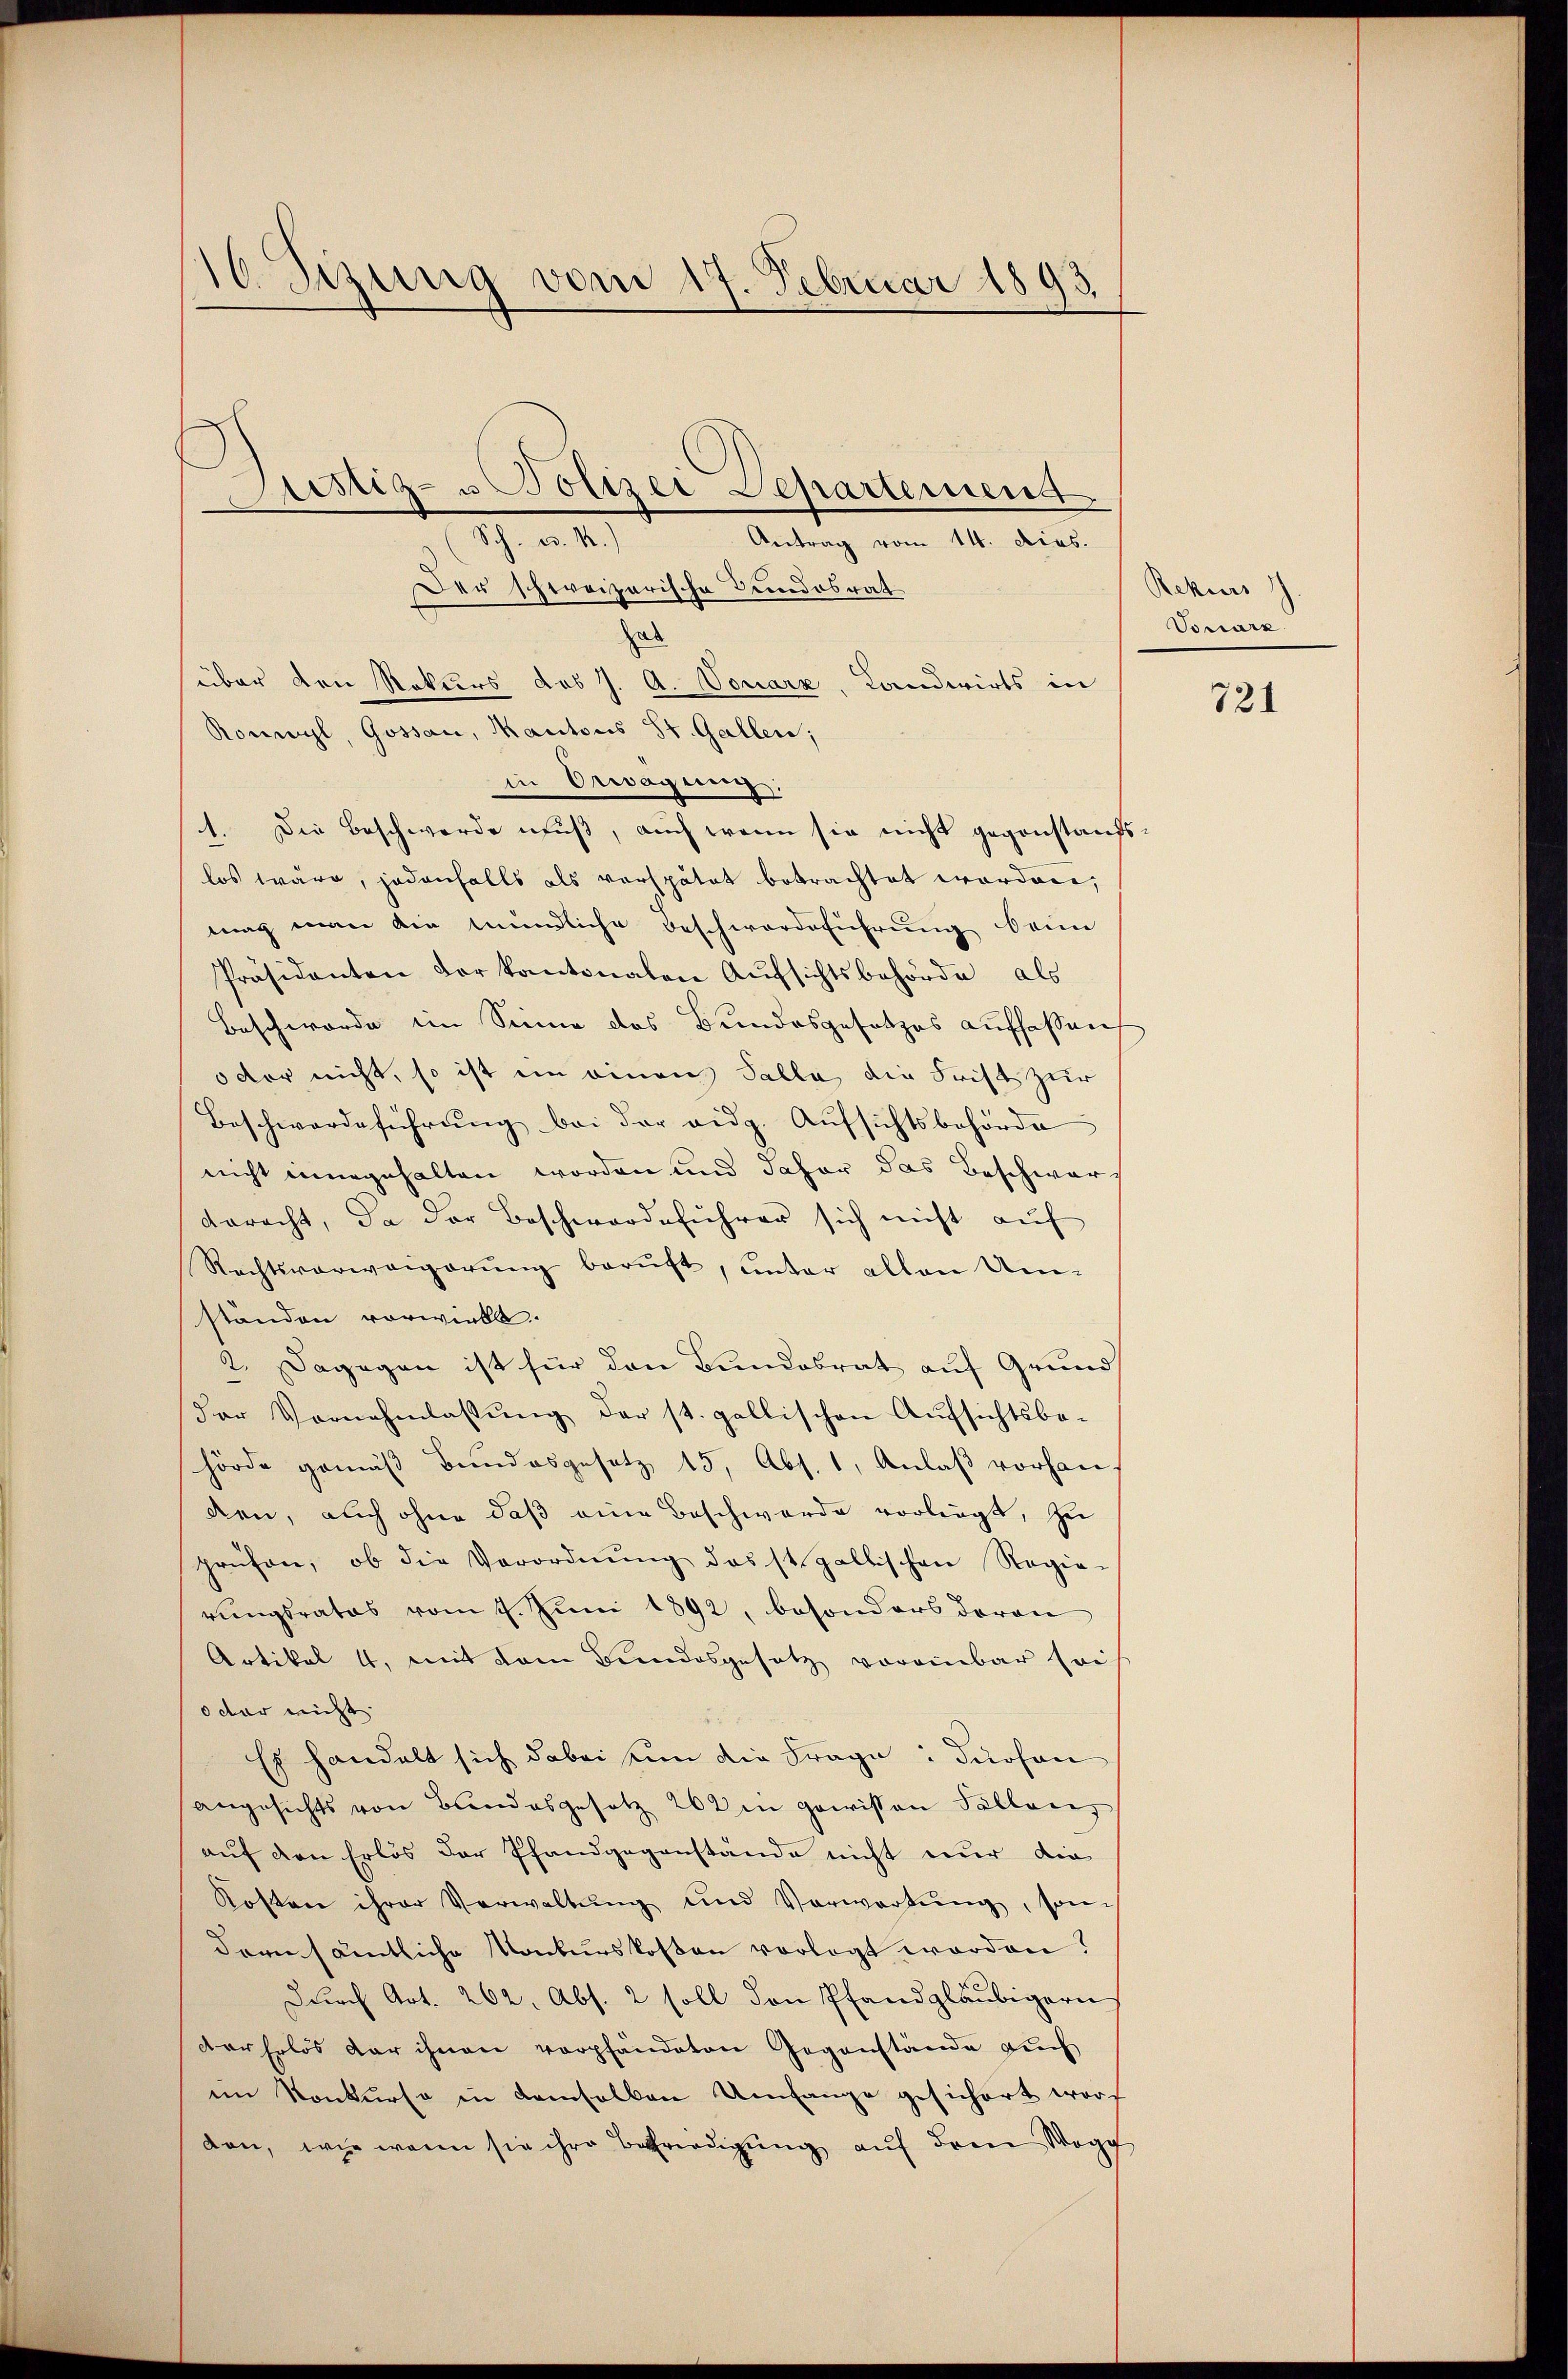
16 Sezung vom 17. Februar 1893.

Sch. d. 1.)
Antrag vom 14. dies.
Der schweizerische Bundesrat
hab
über den Rekurs des J. A. Vonarz, Landwirts in
Ronwyl, Gossau, Kantons St. Gallen;
in Erwägung:
1. Die Beschwerde muß, auch wenn sie nicht gegenstandslos wäre, jedenfalls als verspätet betrachtet worden,
mag man die mündliche Beschwerdeführung beim
Präsidenten vor kantonalen Aŭfsichtsbehörde als
Beschworde im Sinne des Bundesgesetzes auffassen
odor nicht, so ist in einen Falle, die Frist zur
Beschwerdeführung bei der eidg. Aufsichtsbehörde
nicht einergehalten worden und daher das Beschwarveracht, da der Beschwerdeführer sich nicht aŭf
Rechtsverweigerŭng beruft, unter allen Um-
ständen vorwirkt.
2. Dagegen ist für den Bundesrat auf Grunds
der Vornehmlassŭng der st. gallischen Aufsichtsbe-
hörde gemäß Bundesgesetz 15, Abs. 1, Anlaβ vorhanden, auch ohne daß eine Beschwerde vorliegt, zu
prüfen, ob die Verordnŭng das ist gallischen Regie-
rungsrates vom 4. Juni 1892, besonders deron
Artikal 4, mit dem Bundesgesetz voreinbar sei
oder nicht
Es handelt sich dabei un die Frage: dürfen
angesichts von Bundesgesetz 262 in gewissen Pallenz
auf den Erlös der Pfandgegenstände nicht nur die
Kosten ihrer Verwaltŭng und Verwartung, son
dern sämtliche Konkurskosten vorlegt worden?
Durch Art. 262, Abs. 2 soll den Pfandgläubigern
derhelos der ihnen verpfändeten Gegenstände Leh
im Konkurse in demselben Umfange gesichert word
dan, wie wenn sie ihre Befriedigŭng aŭf dem Wege

Sistiz- u Polizei Departement

Rekurs 11
Vonarz

721